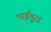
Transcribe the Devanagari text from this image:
भाईपुरा